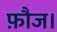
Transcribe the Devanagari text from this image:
फ़ौज।